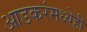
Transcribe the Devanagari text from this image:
आडकरंमध्येही